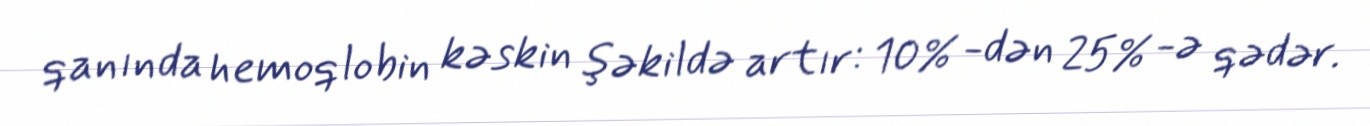
qanında hemoqlobin kəskin şəkildə artır: 10% -dən 25% -ə qədər.